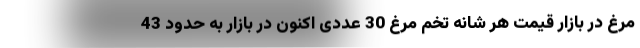
مرغ در بازار قیمت هر شانه تخم مرغ 30 عددی اکنون در بازار به حدود 43